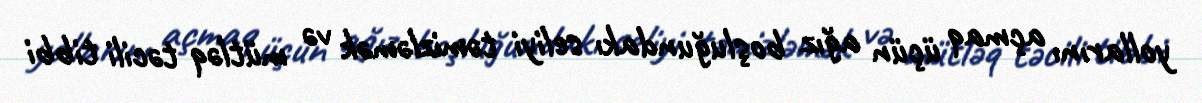
yollarını açmaq üçün ağız boşluğundakı seliyi təmizləmək və mütləq təcili tibbi